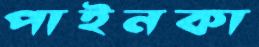
পাইনকা